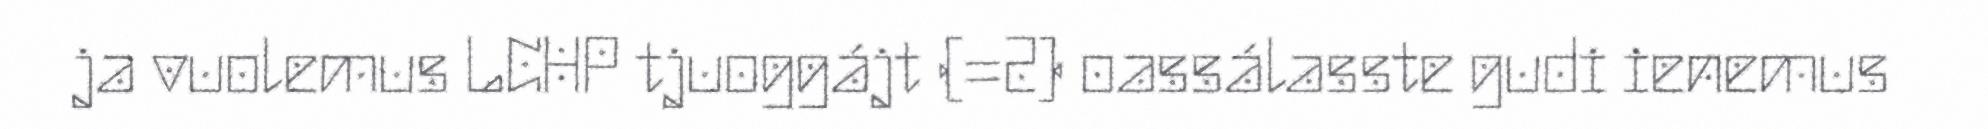
ja vuolemus LCHP tjuoggájt (=2) oassálasste gudi ienemus